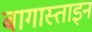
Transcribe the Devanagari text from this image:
बागास्ताइन